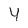
Character: Y